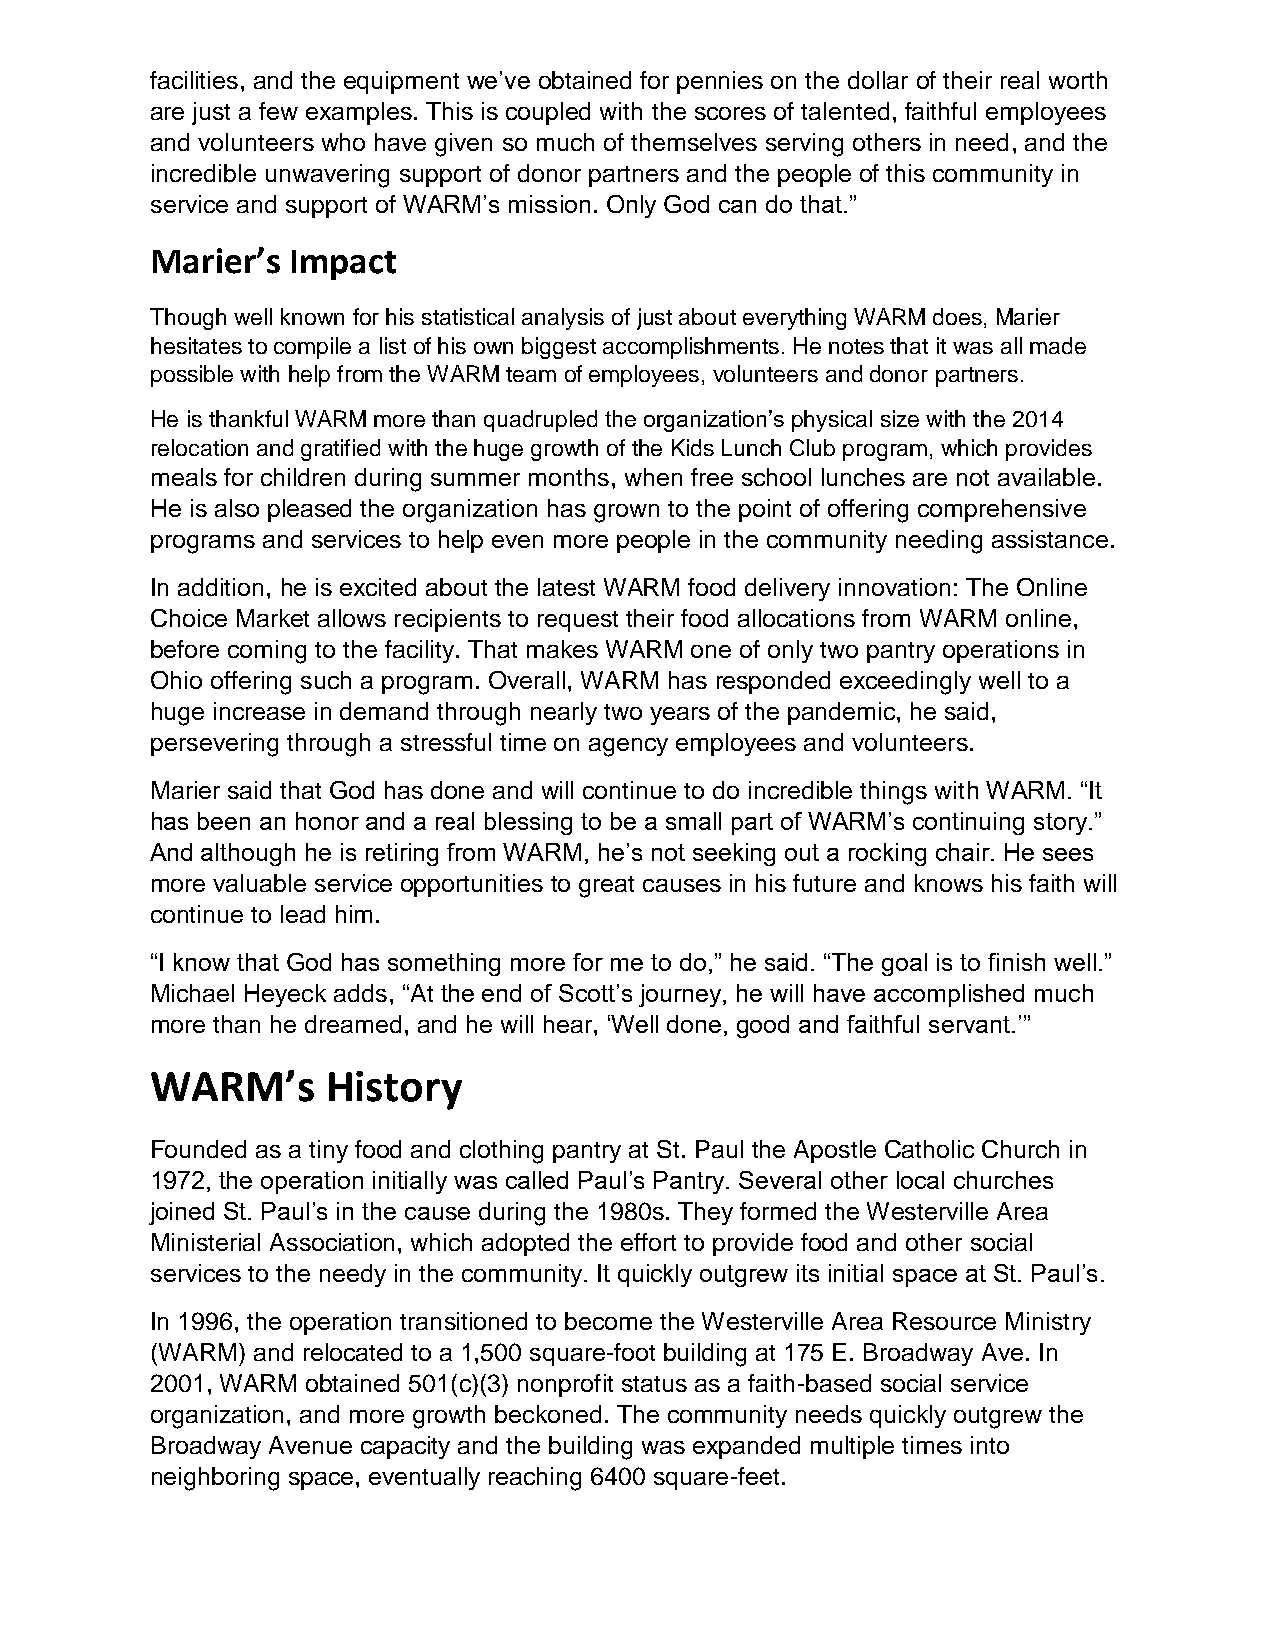
facilities, and the equipment we’ve obtained for pennies on the dollar of their real worth
 are just a few examples. This is coupled with the scores of talented, faithful employees
 and volunteers who have given so much of themselves serving others in need, and the
 incredible unwavering support of donor partners and the people of this community in
 service and support of WARM’s mission. Only God can do that.”
 Marier’s Impact
 Though well known for his statistical analysis of just about everything WARM does, Marier
 hesitates to compile a list of his own biggest accomplishments. He notes that it was all made
 possible with help from the WARM team of employees, volunteers and donor partners.
 He is thankful WARM more than quadrupled the organization’s physical size with the 2014
 relocation and gratified with the huge growth of the Kids Lunch Club program, which provides
 meals for children during summer months, when free school lunches are not available.
 He is also pleased the organization has grown to the point of offering comprehensive
 programs and services to help even more people in the community needing assistance.
 In addition, he is excited about the latest WARM food delivery innovation: The Online
 Choice Market allows recipients to request their food allocations from WARM online,
 before coming to the facility. That makes WARM one of only two pantry operations in
 Ohio offering such a program. Overall, WARM has responded exceedingly well to a
 huge increase in demand through nearly two years of the pandemic, he said,
 persevering through a stressful time on agency employees and volunteers.
 Marier said that God has done and will continue to do incredible things with WARM. “It
 has been an honor and a real blessing to be a small part of WARM’s continuing story.”
 And although he is retiring from WARM, he’s not seeking out a rocking chair. He sees
 more valuable service opportunities to great causes in his future and knows his faith will
 continue to lead him.
 “I know that God has something more for me to do,” he said. “The goal is to finish well.”
 Michael Heyeck adds, “At the end of Scott’s journey, he will have accomplished much
 more than he dreamed, and he will hear, ‘Well done, good and faithful servant.’”
 WARM’s      History
 Founded as a tiny food and clothing pantry at St. Paul the Apostle Catholic Church in
 1972, the operation initially was called Paul’s Pantry. Several other local churches
 joined St. Paul’s in the cause during the 1980s. They formed the Westerville Area
 Ministerial Association, which adopted the effort to provide food and other social
 services to the needy in the community. It quickly outgrew its initial space at St. Paul’s.
 In 1996, the operation transitioned to become the Westerville Area Resource Ministry
 (WARM) and relocated to a 1,500 square-foot building at 175 E. Broadway Ave. In
 2001, WARM obtained 501(c)(3) nonprofit status as a faith-based social service
 organization, and more growth beckoned. The community needs quickly outgrew the
 Broadway Avenue capacity and the building was expanded multiple times into
 neighboring space, eventually reaching 6400 square-feet.